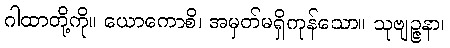
ဂါထာတို့ကို။ ယောကောစိ၊ အမှတ်မရှိကုန်သော။ သုဗျဉ္ဇနာ၊